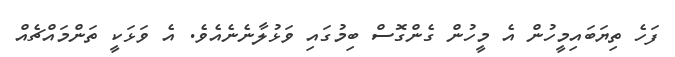
ފަހެ ތިޔަބައިމީހުން އެ މީހުން ގެންގޮސް ބިމުގައި ވަޅުލާނެނެއެވެ. އެ ވަޅަކީ ތަންމައްޗެއް